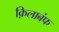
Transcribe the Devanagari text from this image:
क़िलाबंफ